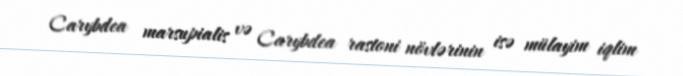
Carybdea marsupialis və Carybdea rastoni növlərinin isə mülayim iqlim